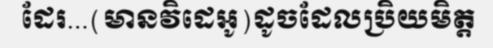
ដែរ...(មានវិដេអូ)ដូចដែលប្រិយមិត្ត